Indian journal of veterinary science and animal husbandry - Volume 5,
Year: 1935
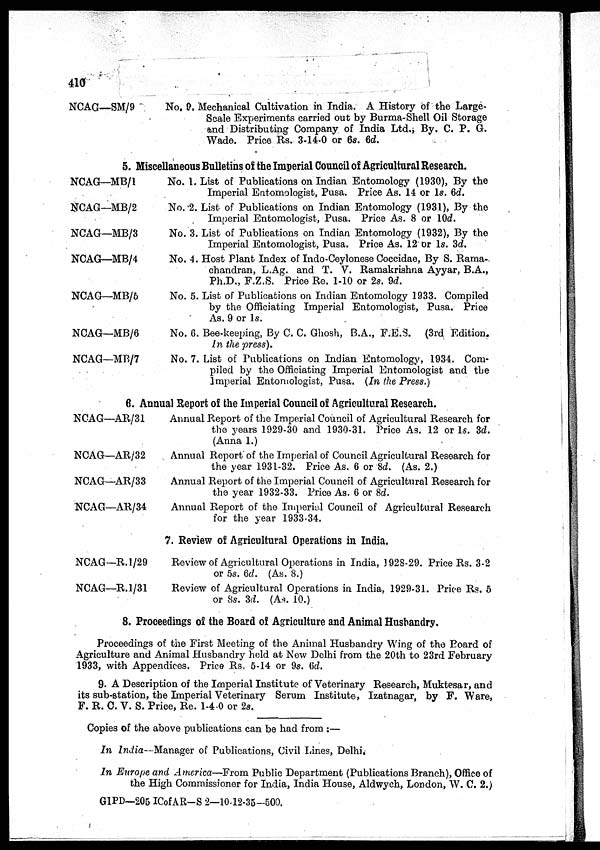
410
NCAG—SM/9
No. 9. Mechanical Cultivation in India. A History of the Large-
Scale Experiments carried out by Burma-Shell Oil Storage
and Distributing Company of India Ltd., By. C. P. G.
Wade. Price Rs. 3-14-0 or 6s. 6d.
5. Miscellaneous Bulletins of the Imperial Council of Agricultural Research.
NCAG—MB/1
NCAG—MB/2
NCAG—MB/3
NCAG—MB/4
NCAG—MB/5
NCAG—MB/6
NCAG—MB/7
No. 1.
No. 2.
No. 3.
No. 4.
No. 5.
No. 6.
No. 7.
List of Publications on Indian Entomology (1930), By the
Imperial Entomologist, Pusa. Price As. 14 or 1s. 6d.
List of Publications on Indian Entomology (1931), By the
Imperial Entomologist, Pusa. Price As. 8 or 10d.
List of Publications on Indian Entomology (1932), By the
Imperial Entomologist, Pusa. Price As. 12 or 1s. 3d.
Host Plant Index of Indo-Ceylonese Coccidae, By S. Rama-
chandran, L.Ag. and T. V. Ramakrishna Ayyar, B.A.,
Ph.D., F.Z.S. Price Re. 1-10 or 2s. 9d.
List of Publications on Indian Entomology 1933. Compiled
by the Officiating Imperial Entomologist, Pusa. Price
As. 9 or 1s.
Bee-keeping, By C. C. Ghosh, B.A., F.E.S. (3rd Edition.
In the press).
List of Publications on Indian Entomology, 1934. Com-
piled by the Officiating Imperial Entomologist and the
Imperial Entomologist, Pusa. (In the Press.)
6. Annual Report of the Imperial Council of Agricultural Research.
NCAG—AR/31
NCAG—AR/32
NCAG—AR/33
NCAG—AR/34
Annual Report of the Imperial Council of Agricultural Research for
the years 1929-30 and 1930-31. Price As. 12 or 1s. 3d.
(Anna 1.)
Annual Report of the Imperial of Council Agricultural Research for
the year 1931-32. Price As. 6 or 8d. (As. 2.)
Annual Report of the Imperial Council of Agricultural Research for
the year 1932-33. Price As. 6 or 8d.
Annual Report of the Imperial Council of Agricultural Research
for the year 1933-34.
7. Review of Agricultural Operations in India.
NCAG—R.1/29
NCAG—R.l/31
Review of Agricultural Operations in India, 3928-29. Price Rs. 3-2
or 5s. 6d. (As. 8.)
Review of Agricultural Operations in India. 1929-31. Price Rs. 5
or 8s. 3d. (As. 10.)
8. Proceedings of the Board of Agriculture and Animal Husbandry.
Proceedings of the First Meeting of the Animal Husbandry Wing of the Board of
Agriculture and Animal Husbandry held at New Delhi from the 20th to 23rd February
1933, with Appendices. Price Rs. 5-14 or 9s. 6d.
9. A Description of the Imperial Institute of Veterinary Research, Muktesar, and
its sub-station, the Imperial Veterinary Serum Institute, Izatnagar, by F. Ware,
F. R. C. V. S. Price, Re. 1-4-0 or 2s.
Copies of the above publications can be had from :—
In India—Manager of Publications, Civil Lines, Delhi.
In Europe and America—From Public Department (Publications Branch), Office of
the High Commissioner for India, India House, Aldwych, London, W. C. 2.)
GIPD—205 IC of AR-S 2—1042-35-500.